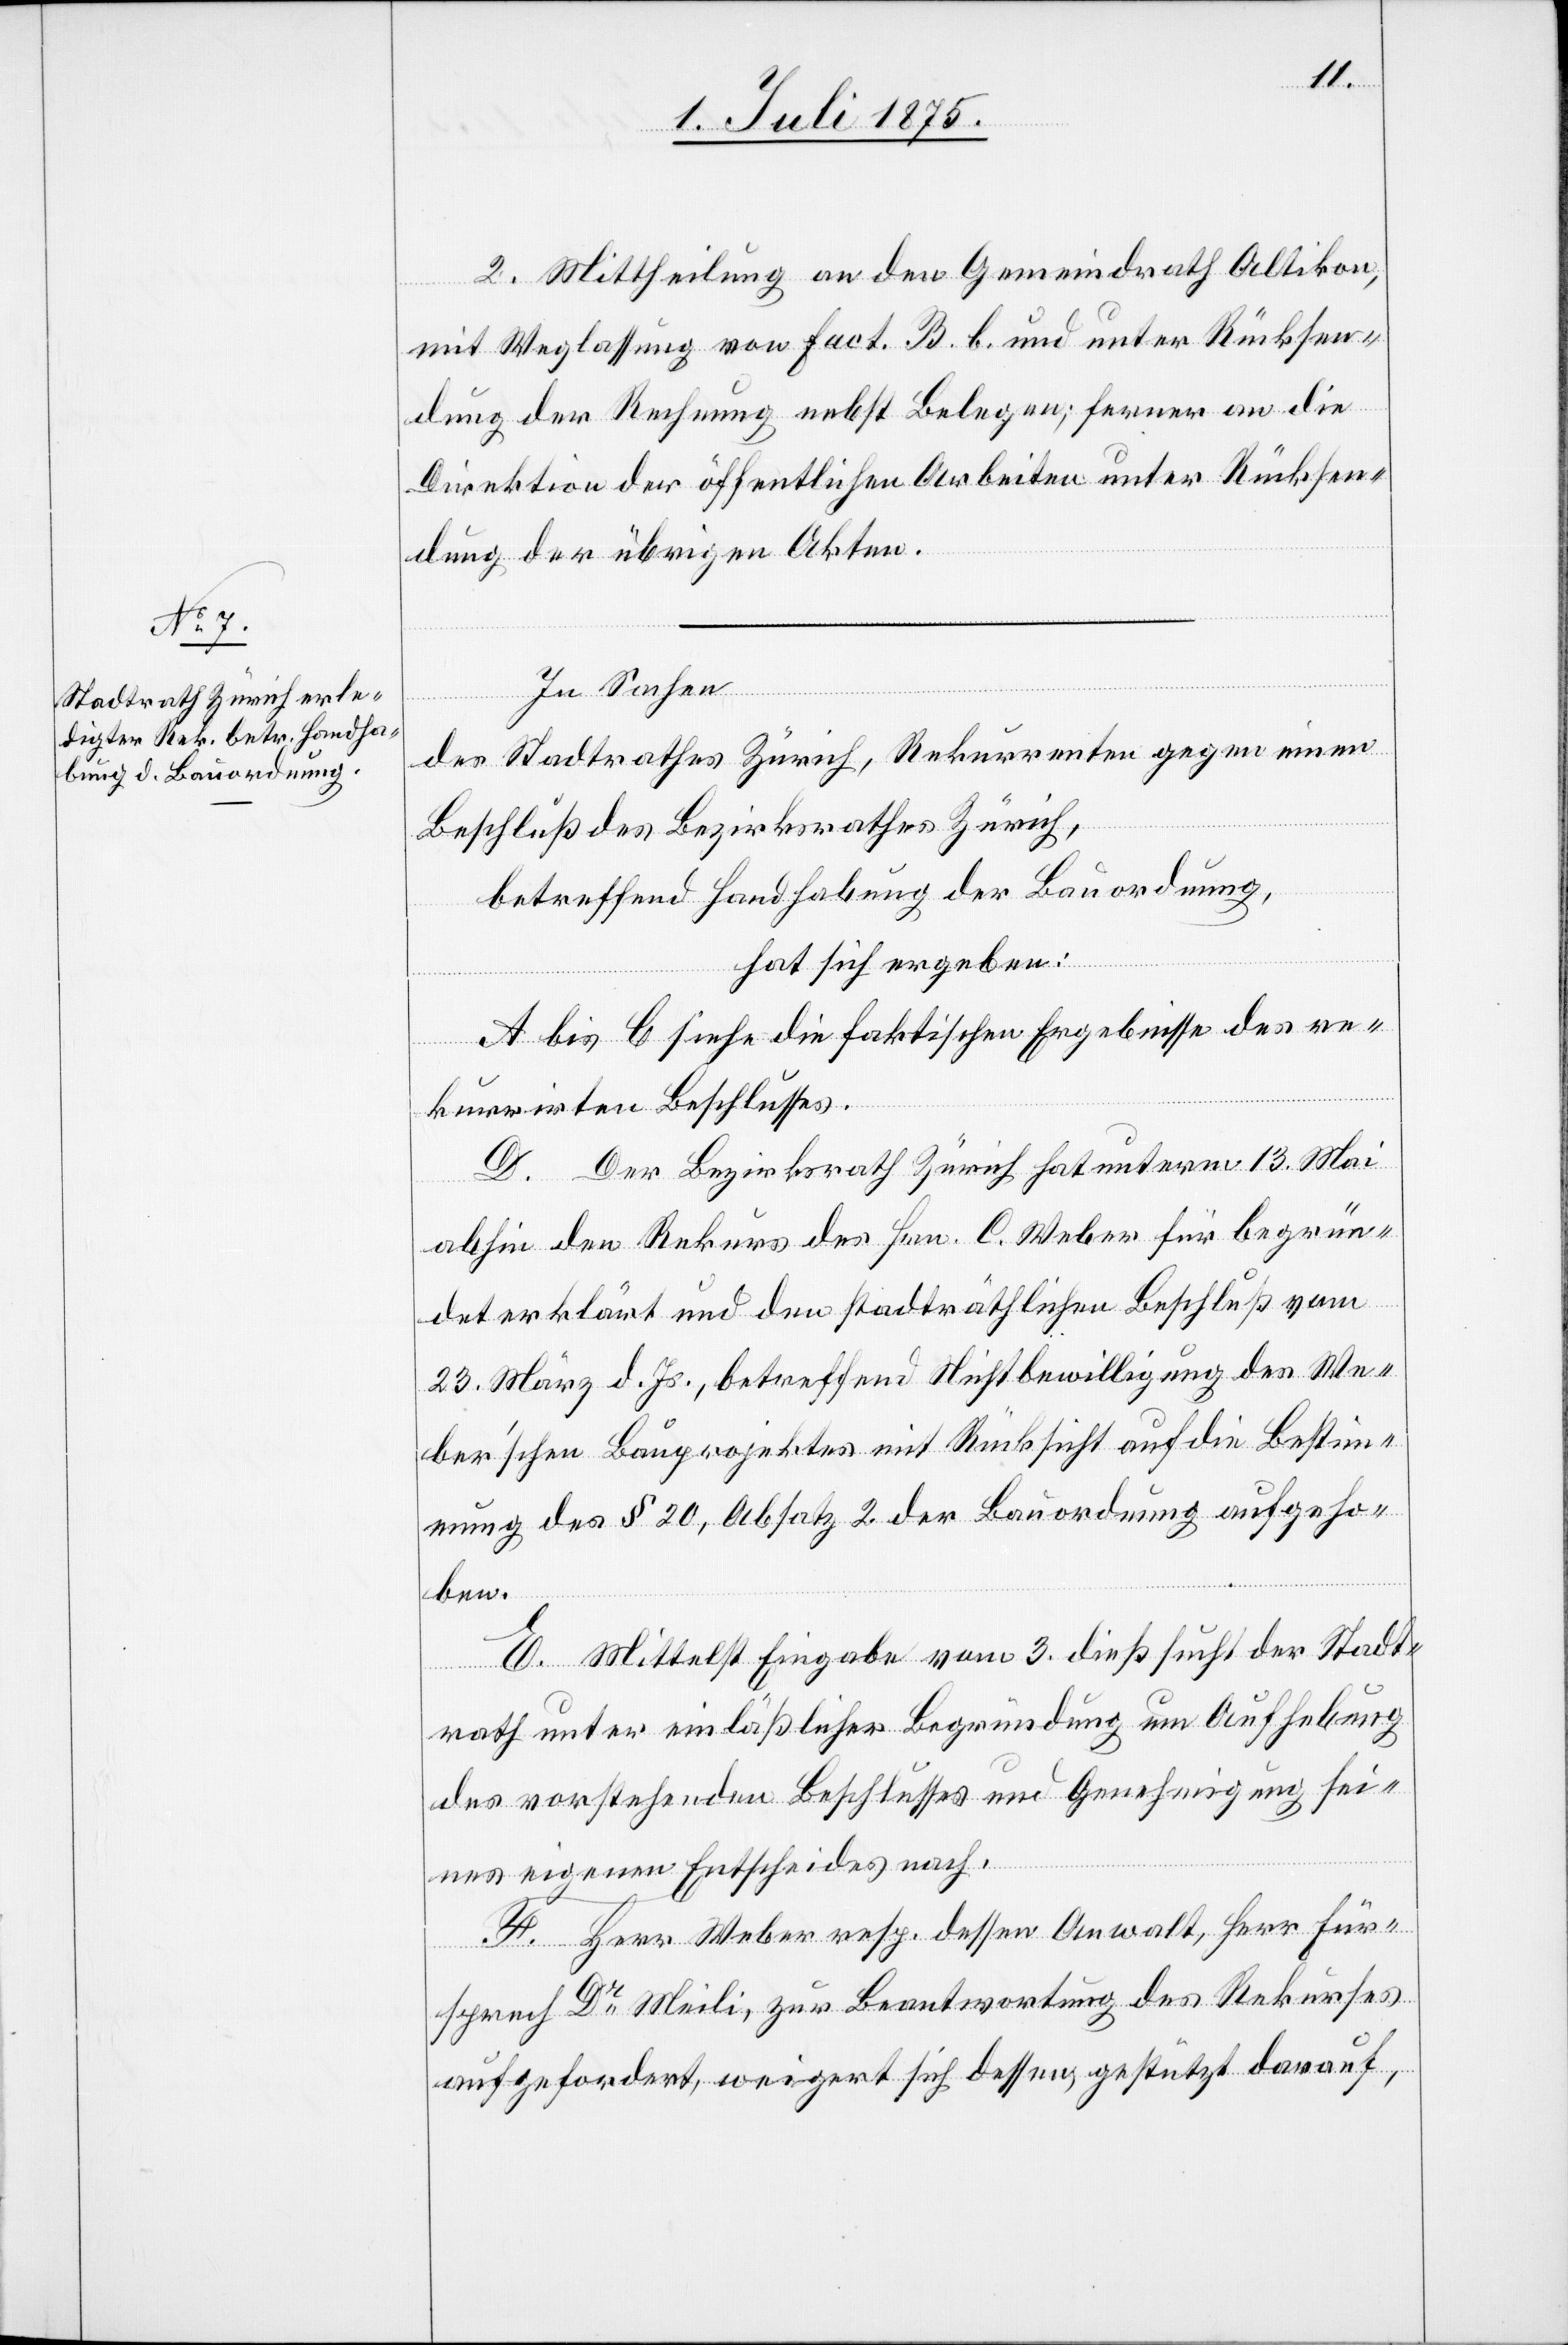
2. Mittheilung an den Gemeindrath Altikon,
mit Weglassung von Fact. B. b. und unter Rücksen¬
dung der Rechnung nebst Belegen; ferner an die
Direktion der öffentlichen Arbeiten unter Rücksen¬
dung der übrigen Akten.
In Sachen
des Stadtrathes Zürich, Rekurrenten gegen einen
Beschluß des Bezirksrathes Zürich,
betreffend Handhabung der Bauordnung,
hat sich ergeben:
A bis C siehe die faktischen Ergebnisse des re¬
kurrirten Beschlusses.
D. Der Bezirksrath Zürich hat unterm 13. Mai
abhin den Rekurs des Hrn. C. Weber für begrün¬
det erklärt und den stadträthlichen Beschluß vom
23. März d. Js., betreffend Nichtbewilligung des We¬
ber’schen Bauprojektes mit Rücksicht auf die Bestimm¬
ung des § 20, Absatz 2 der Bauordnung aufgeho¬
ben.
E. Mittelst Eingabe vom 3. dieß sucht der Stadt¬
rath unter einläßlicher Begründung um Aufhebung
des vorstehenden Beschlusses und Genehmigung sei¬
nes eigenen Entscheides nach.
F. Herr Weber resp. dessen Anwalt, Herr Für¬
sprech Dr Meili, zur Beantwortung des Rekurses
aufgefordert, weigert sich dessen gestützt darauf,